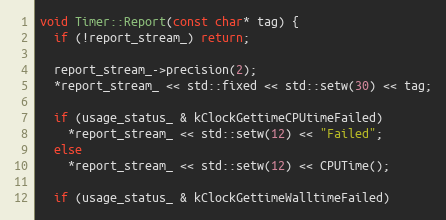
Language: C++
void Timer::Report(const char* tag) {
  if (!report_stream_) return;

  report_stream_->precision(2);
  *report_stream_ << std::fixed << std::setw(30) << tag;

  if (usage_status_ & kClockGettimeCPUtimeFailed)
    *report_stream_ << std::setw(12) << "Failed";
  else
    *report_stream_ << std::setw(12) << CPUTime();

  if (usage_status_ & kClockGettimeWalltimeFailed)